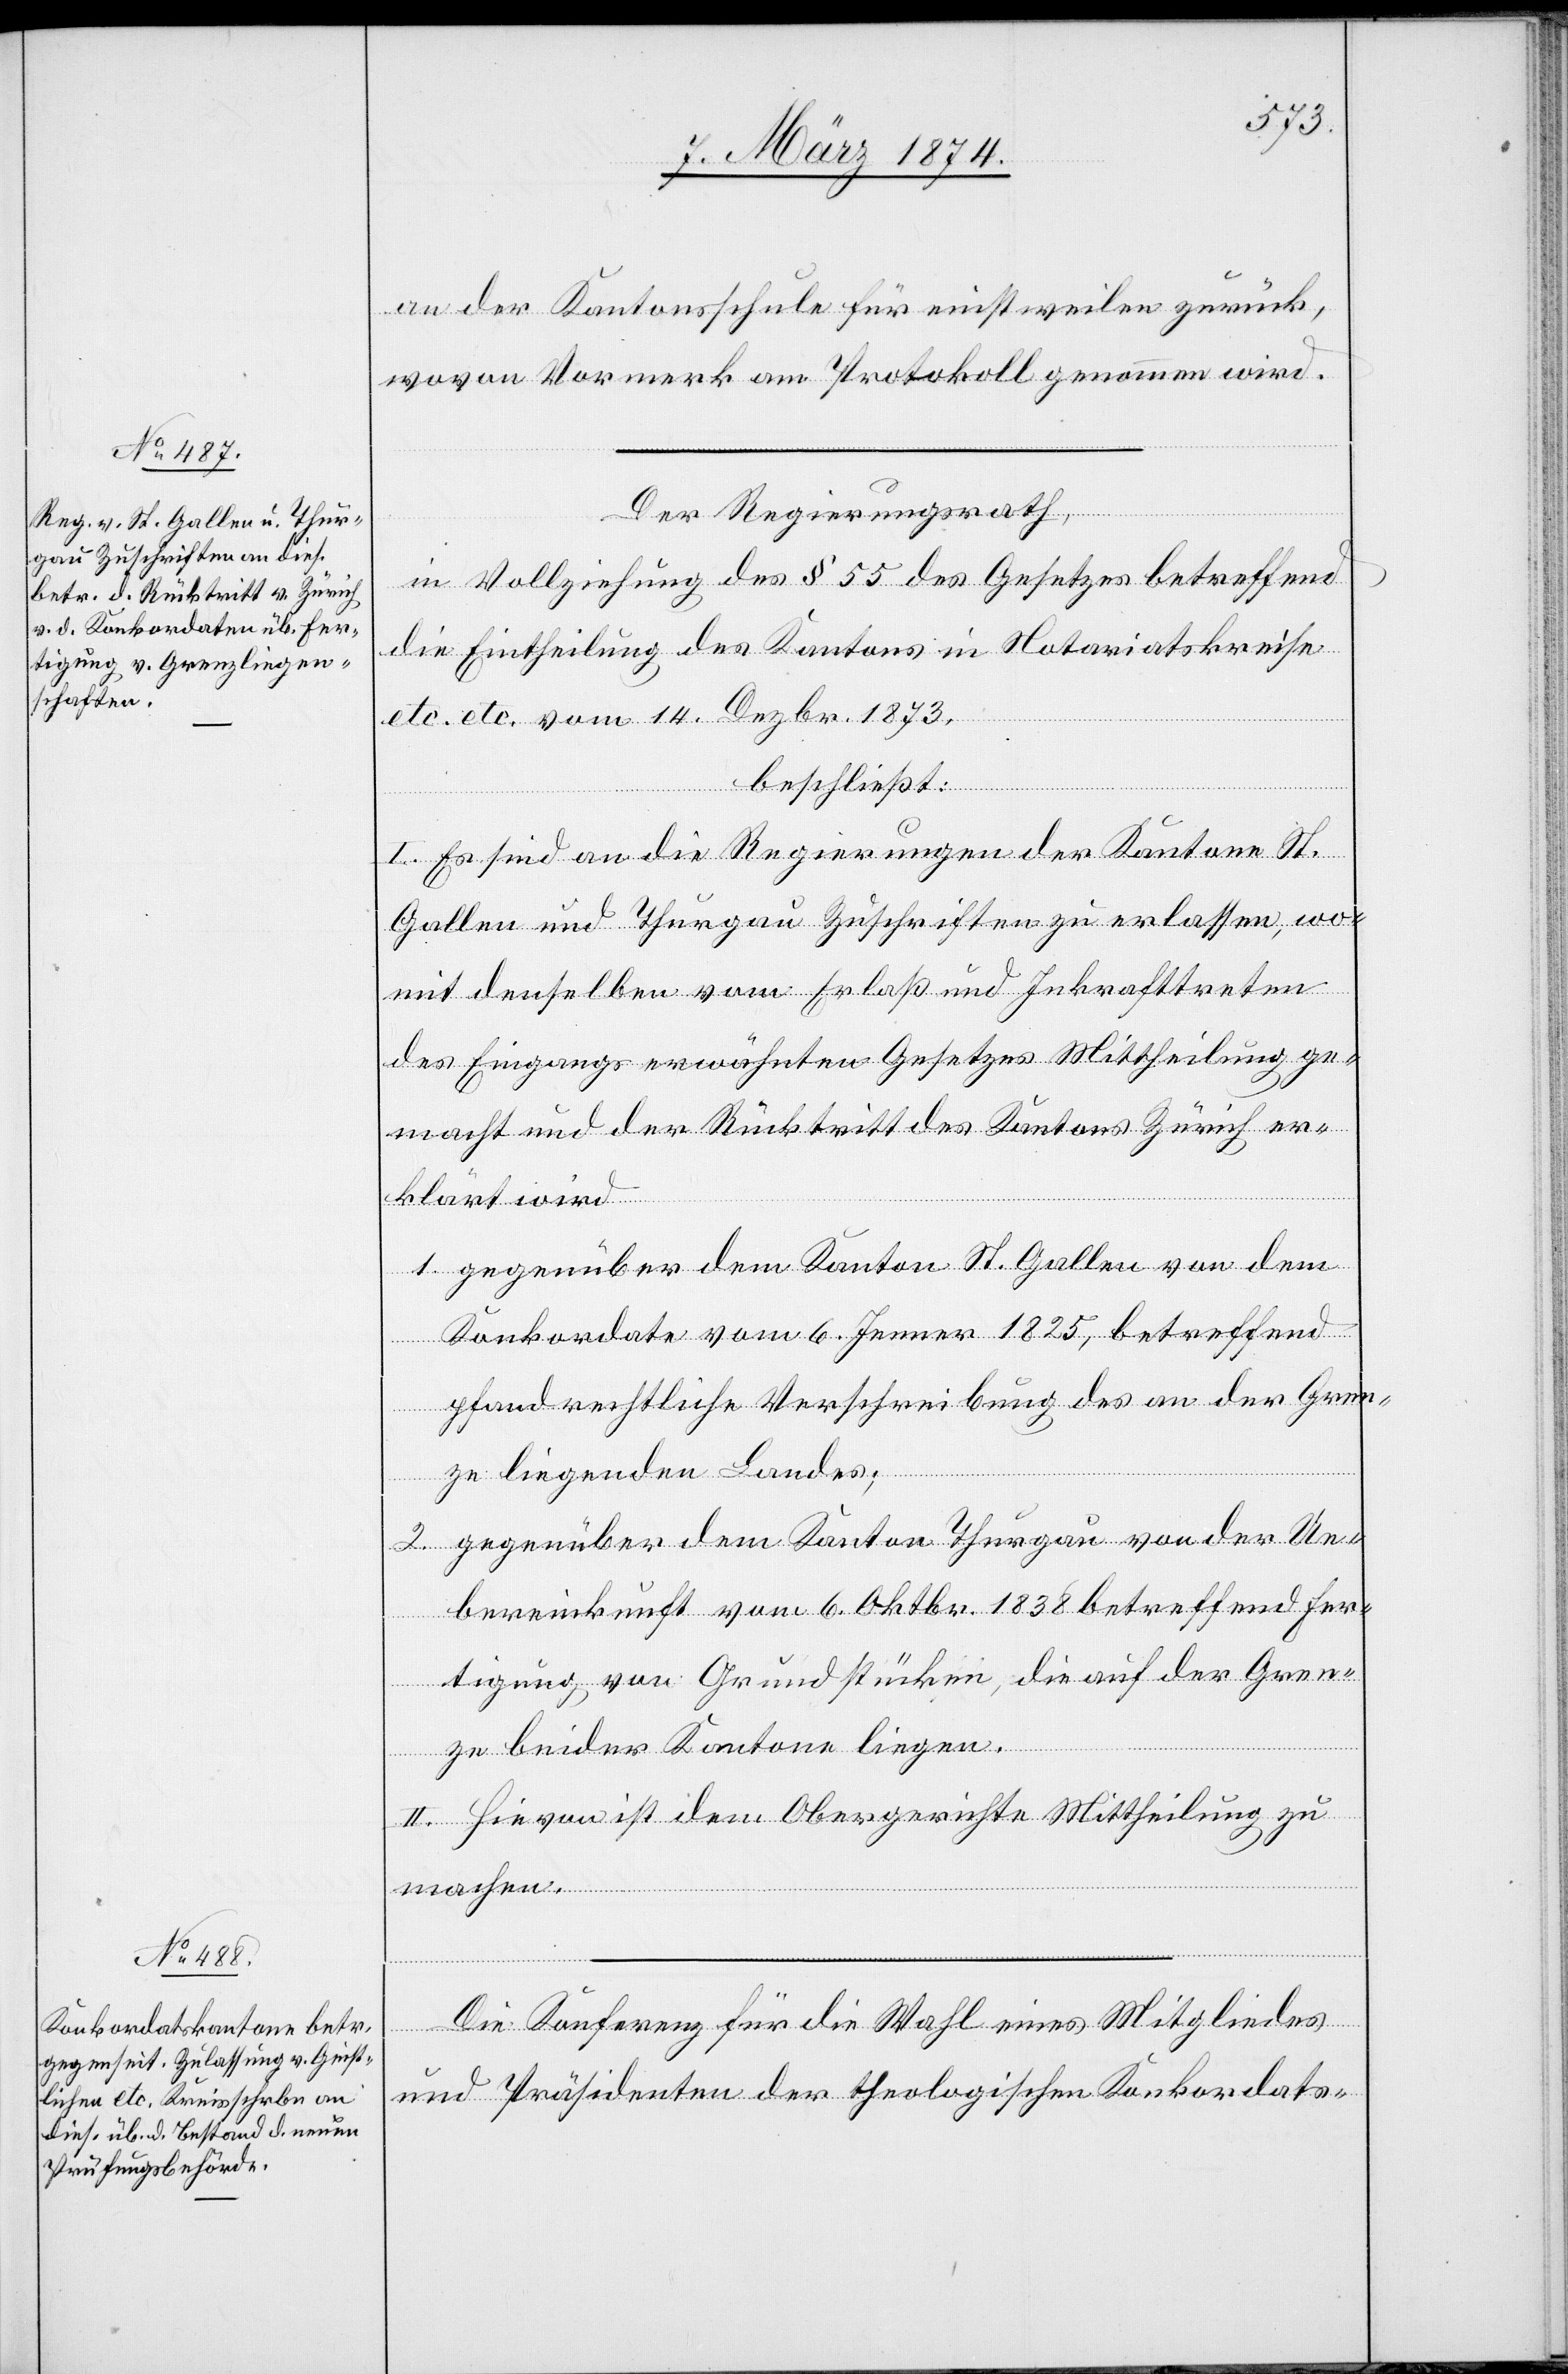
an der Kantonsschule für einstweilen zurück,
wovon Vormerk am Protokoll genommen wird.
Der Regierungsrath,
in Vollziehung des § 55 des Gesetzes betreffend
die Eintheilung des Kantons in Notariatskreise
etc. [sic!] vom 14. Dezbr. 1873,
beschließt:
I. Es sind an die Regierungen der Kantone St.
Gallen und Thurgau Zuschriften zu erlassen, wo¬
mit denselben vom Erlaß und Inkrafttreten
des Eingangs erwähnten Gesetzes Mittheilung ge¬
macht und der Rücktritt des Kantons Zürich er¬
klärt wird
1. gegenüber dem Kanton St. Gallen von dem
Konkordate vom 6. Jenner 1825, betreffend
pfandrechtliche Verschreibung des an der Gren¬
ze liegenden Landes;
2. gegenüber dem Kanton Thurgau von der Ue¬
bereinkunft vom 6. Oktbr. 1838 betreffend Fer¬
tigung von Grundstücken, die auf der Gren¬
etc.
ze beider Kantone liegen.
II. Hievon ist dem Obergerichte Mittheilung zu
machen.
Die Konferenz für die Wahl eines Mitgliedes
und Präsidenten der theologischen Konkordats-